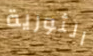
الثورية